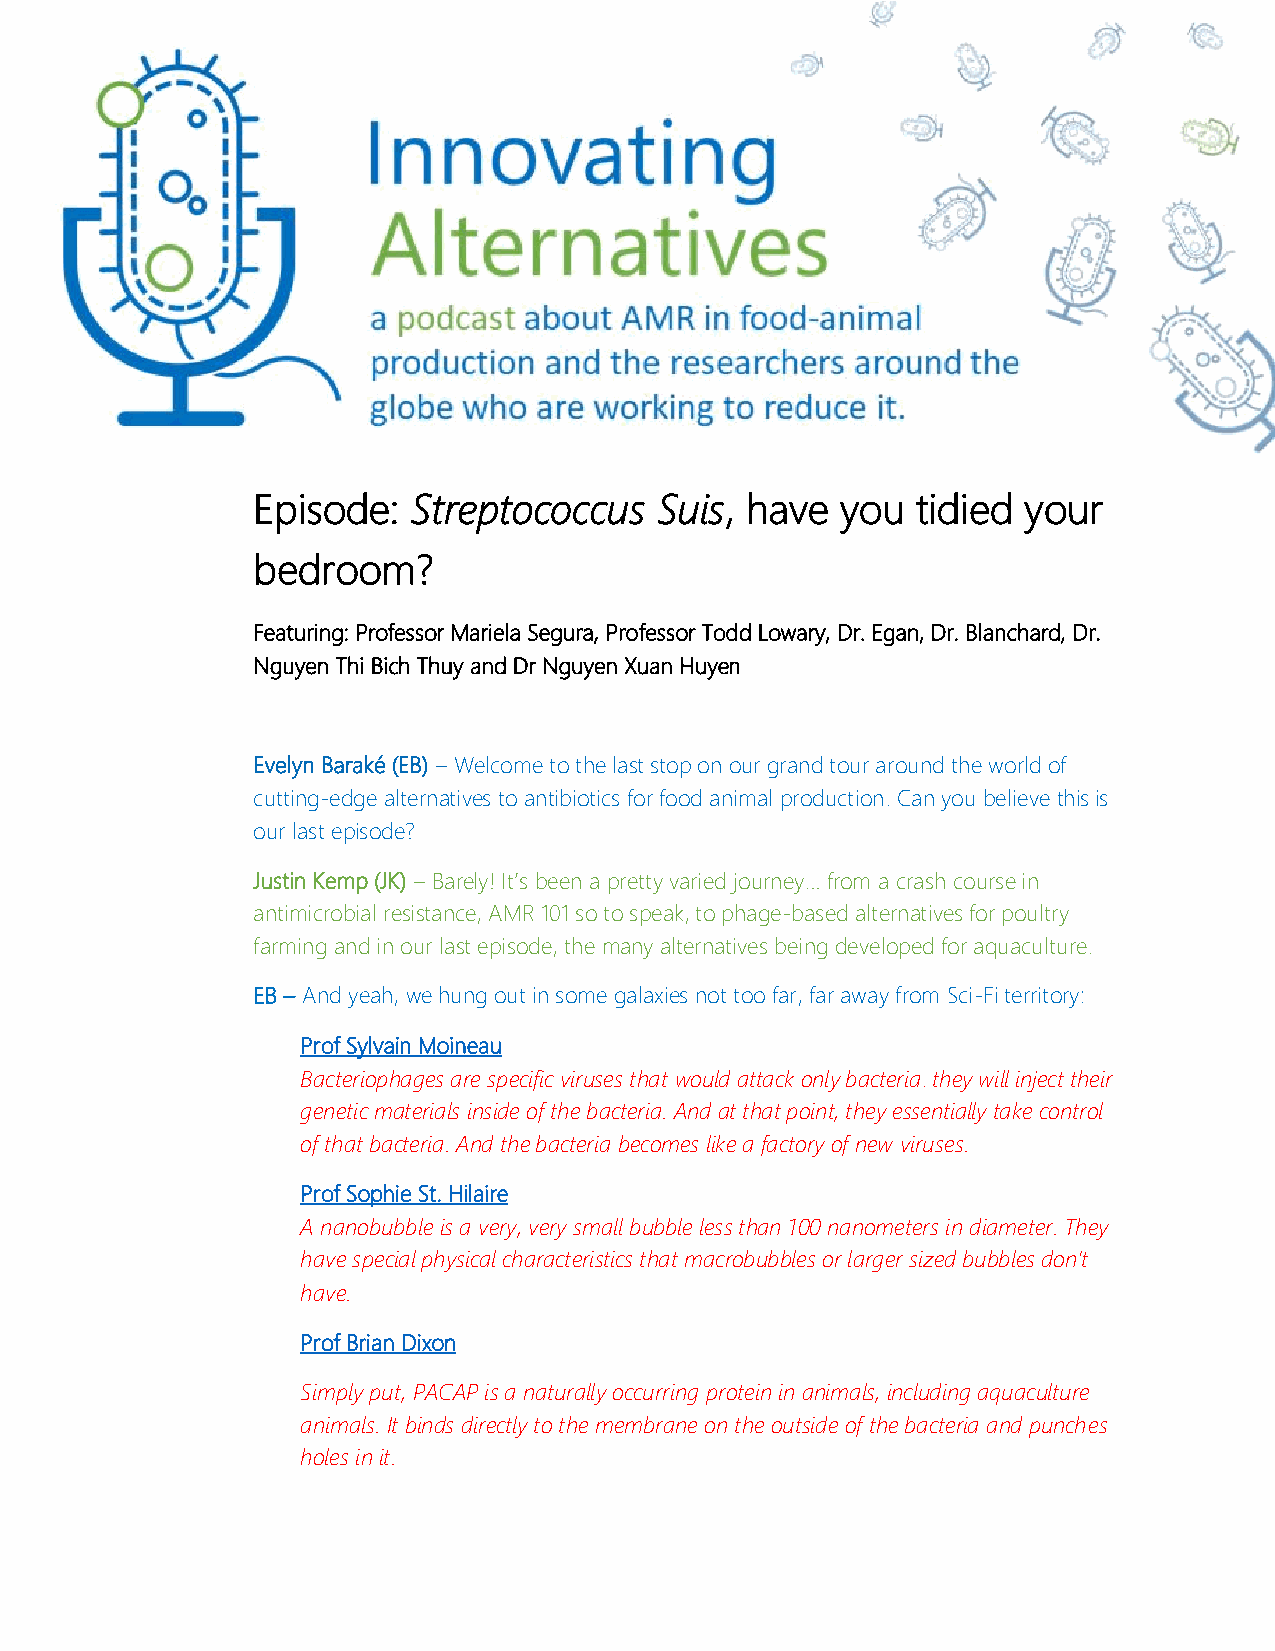
Episode:  Streptococcus    Suis, have  you  tidied your
 bedroom?
 Featuring: Professor Mariela Segura, Professor Todd Lowary, Dr. Egan, Dr. Blanchard, Dr.
 Nguyen Thi Bich Thuy and Dr Nguyen Xuan Huyen
 Evelyn Baraké (EB) – Welcome to the last stop on our grand tour around the world of
 cutting-edge alternatives to antibiotics for food animal production. Can you believe this is
 our last episode?
 Justin Kemp (JK) – Barely! It’s been a pretty varied journey… from a crash course in
 antimicrobial resistance, AMR 101 so to speak, to phage-based alternatives for poultry
 farming and in our last episode, the many alternatives being developed for aquaculture.
 EB – And yeah, we hung out in some galaxies not too far, far away from Sci-Fi territory:
 Prof Sylvain Moineau
 Bacteriophages are specific viruses that would attack only bacteria. they will inject their
 genetic materials inside of the bacteria. And at that point, they essentially take control
 of that bacteria. And the bacteria becomes like a factory of new viruses.
 Prof Sophie St. Hilaire
 A nanobubble is a very, very small bubble less than 100 nanometers in diameter. They
 have special physical characteristics that macrobubbles or larger sized bubbles don’t
 have.
 Prof Brian Dixon
 Simply put, PACAP is a naturally occurring protein in animals, including aquaculture
 animals. It binds directly to the membrane on the outside of the bacteria and punches
 holes in it.